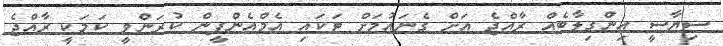
ސިޔާސީ އިންގިލާބެއް ރާއްޖެ އަށް ގެނައުމަށް ޓަކައި އެމްއެންޕީން ކުރަންވީ ކަމަކީ ރާއްޖެ